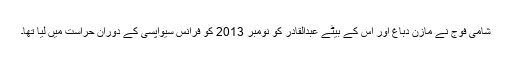
شامی فوج نے مازن دباغ اور اس کے بیٹے عبدالقادر کو نومبر 2013 کو فرانس سیواپسی کے دوران حراست میں لیا تھا۔